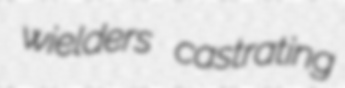
wielders castrating